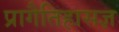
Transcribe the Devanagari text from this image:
प्रागैतिहासज्ञ